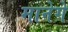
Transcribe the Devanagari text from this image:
मानेगे